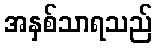
အနှစ်သာရသည်